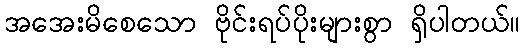
အအေးမိစေသော ဗိုင်းရပ်ပိုးများစွာ ရှိပါတယ်။